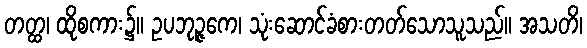
တတ္ထ၊ ထိုစကား၌။ ဥပဘုဉ္ဇကေ၊ သုံးဆောင်ခံစားတတ်သောသူသည်။ အသတိ၊